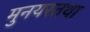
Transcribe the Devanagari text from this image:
मुनयस्तथा